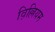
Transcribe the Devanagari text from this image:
व़िल्लियम